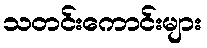
သတင်းကောင်းများ